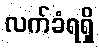
လက်ခံရရှိ